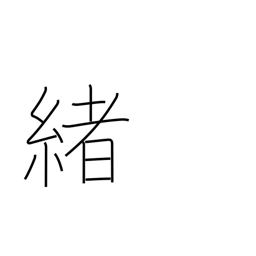
Meaning: inception